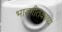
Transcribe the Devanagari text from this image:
भावगीतकाव्य